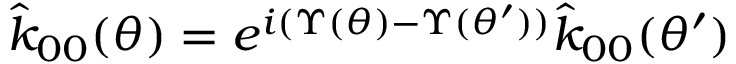
\hat { k } _ { 0 0 } ( \theta ) = e ^ { i ( \Upsilon ( \theta ) - \Upsilon ( \theta ^ { \prime } ) ) } \hat { k } _ { 0 0 } ( \theta ^ { \prime } )